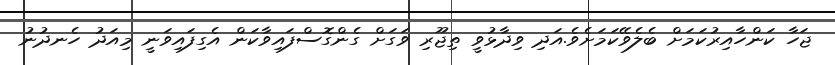
ޖަހާ ކަންހާއިރުކަމަށް ބެލެވޭކަމަށެވެ.އަދި ވިދާޅުވީ ތިޖޫރި ވަގަށް ގެންގޮސްފައިވާކަން އެގިފައިވަނީ މިއަދު ހެނދުނު